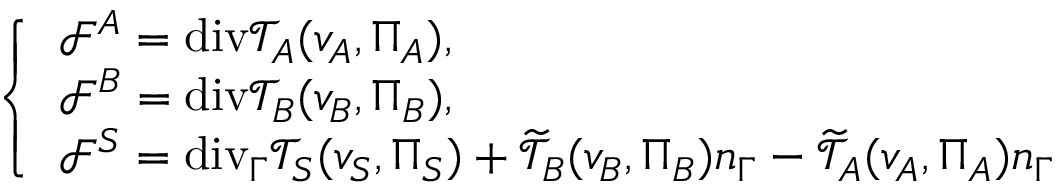
\left\{ \begin{array} { l l } { \mathcal { F } ^ { A } = \mathrm { { d i v } } \mathcal { T } _ { A } ( v _ { A } , \Pi _ { A } ) , } \\ { \mathcal { F } ^ { B } = { \mathrm { d i v } } \mathcal { T } _ { B } ( v _ { B } , \Pi _ { B } ) , } \\ { \mathcal { F } ^ { S } = \mathrm { { d i v } } _ { \Gamma } \mathcal { T } _ { S } ( v _ { S } , \Pi _ { S } ) + \widetilde { \mathcal { T } } _ { B } ( v _ { B } , \Pi _ { B } ) n _ { \Gamma } - \widetilde { \mathcal { T } } _ { A } ( v _ { A } , \Pi _ { A } ) n _ { \Gamma } } \end{array} \right.